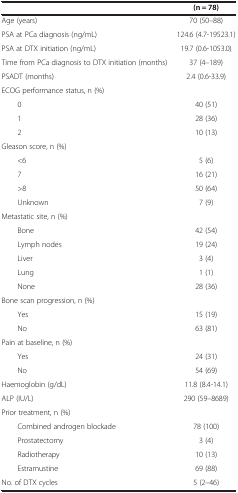
| <COLSPAN=2>  | (n = 78) |
 | --- | --- | --- |
 | <COLSPAN=2> Age (years) | 70 (50–88) |
 | <COLSPAN=2> PSA at PCa diagnosis (ng/mL) | 124.6 (4.7-19523.1) |
 | <COLSPAN=2> PSA at DTX initiation (ng/mL) | 19.7 (0.6-1053.0) |
 | <COLSPAN=2> Time from PCa diagnosis to DTX initiation (months) | 37 (4–189) |
 | <COLSPAN=2> PSADT (months) | 2.4 (0.6-33.9) |
 | <COLSPAN=2> ECOG performance status, n (%) |  |
 | 0 |  | 40 (51) |
 | 1 |  | 28 (36) |
 | 2 |  | 10 (13) |
 | <COLSPAN=2> Gleason score, n (%) |  |
 | <6 |  | 5 (6) |
 | 7 |  | 16 (21) |
 | >8 |  | 50 (64) |
 | Unknown |  | 7 (9) |
 | <COLSPAN=2> Metastatic site, n (%) |  |
 | Bone |  | 42 (54) |
 | Lymph nodes |  | 19 (24) |
 | Liver |  | 3 (4) |
 | Lung |  | 1 (1) |
 | None |  | 28 (36) |
 | <COLSPAN=2> Bone scan progression, n (%) |  |
 | Yes |  | 15 (19) |
 | No |  | 63 (81) |
 | <COLSPAN=2> Pain at baseline, n (%) |  |
 | Yes |  | 24 (31) |
 | No |  | 54 (69) |
 | <COLSPAN=2> Haemoglobin (g/dL) | 11.8 (8.4-14.1) |
 | <COLSPAN=2> ALP (IU/L) | 290 (59–8689) |
 | <COLSPAN=2> Prior treatment, n (%) |  |
 | Combined androgen blockade |  | 78 (100) |
 | Prostatectomy |  | 3 (4) |
 | Radiotherapy |  | 10 (13) |
 | Estramustine |  | 69 (88) |
 | <COLSPAN=2> No. of DTX cycles | 5 (2–46) |